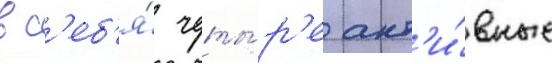
в с'еб'я́ четы́р'е акт'и́вные